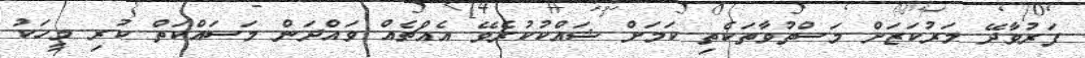
ފަރުވާދޭ މަރުކަޒަށް މަސްތުވާތަކެތި ކަމަށް ޝައްކުކުރެވޭ އެއްޗެއް ވައްދަން މަސައްކަތް ކުރި މީހަކު